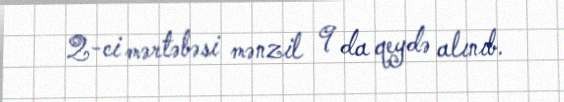
2-ci mərtəbəsi mənzil 9 da qeydə alınıb.